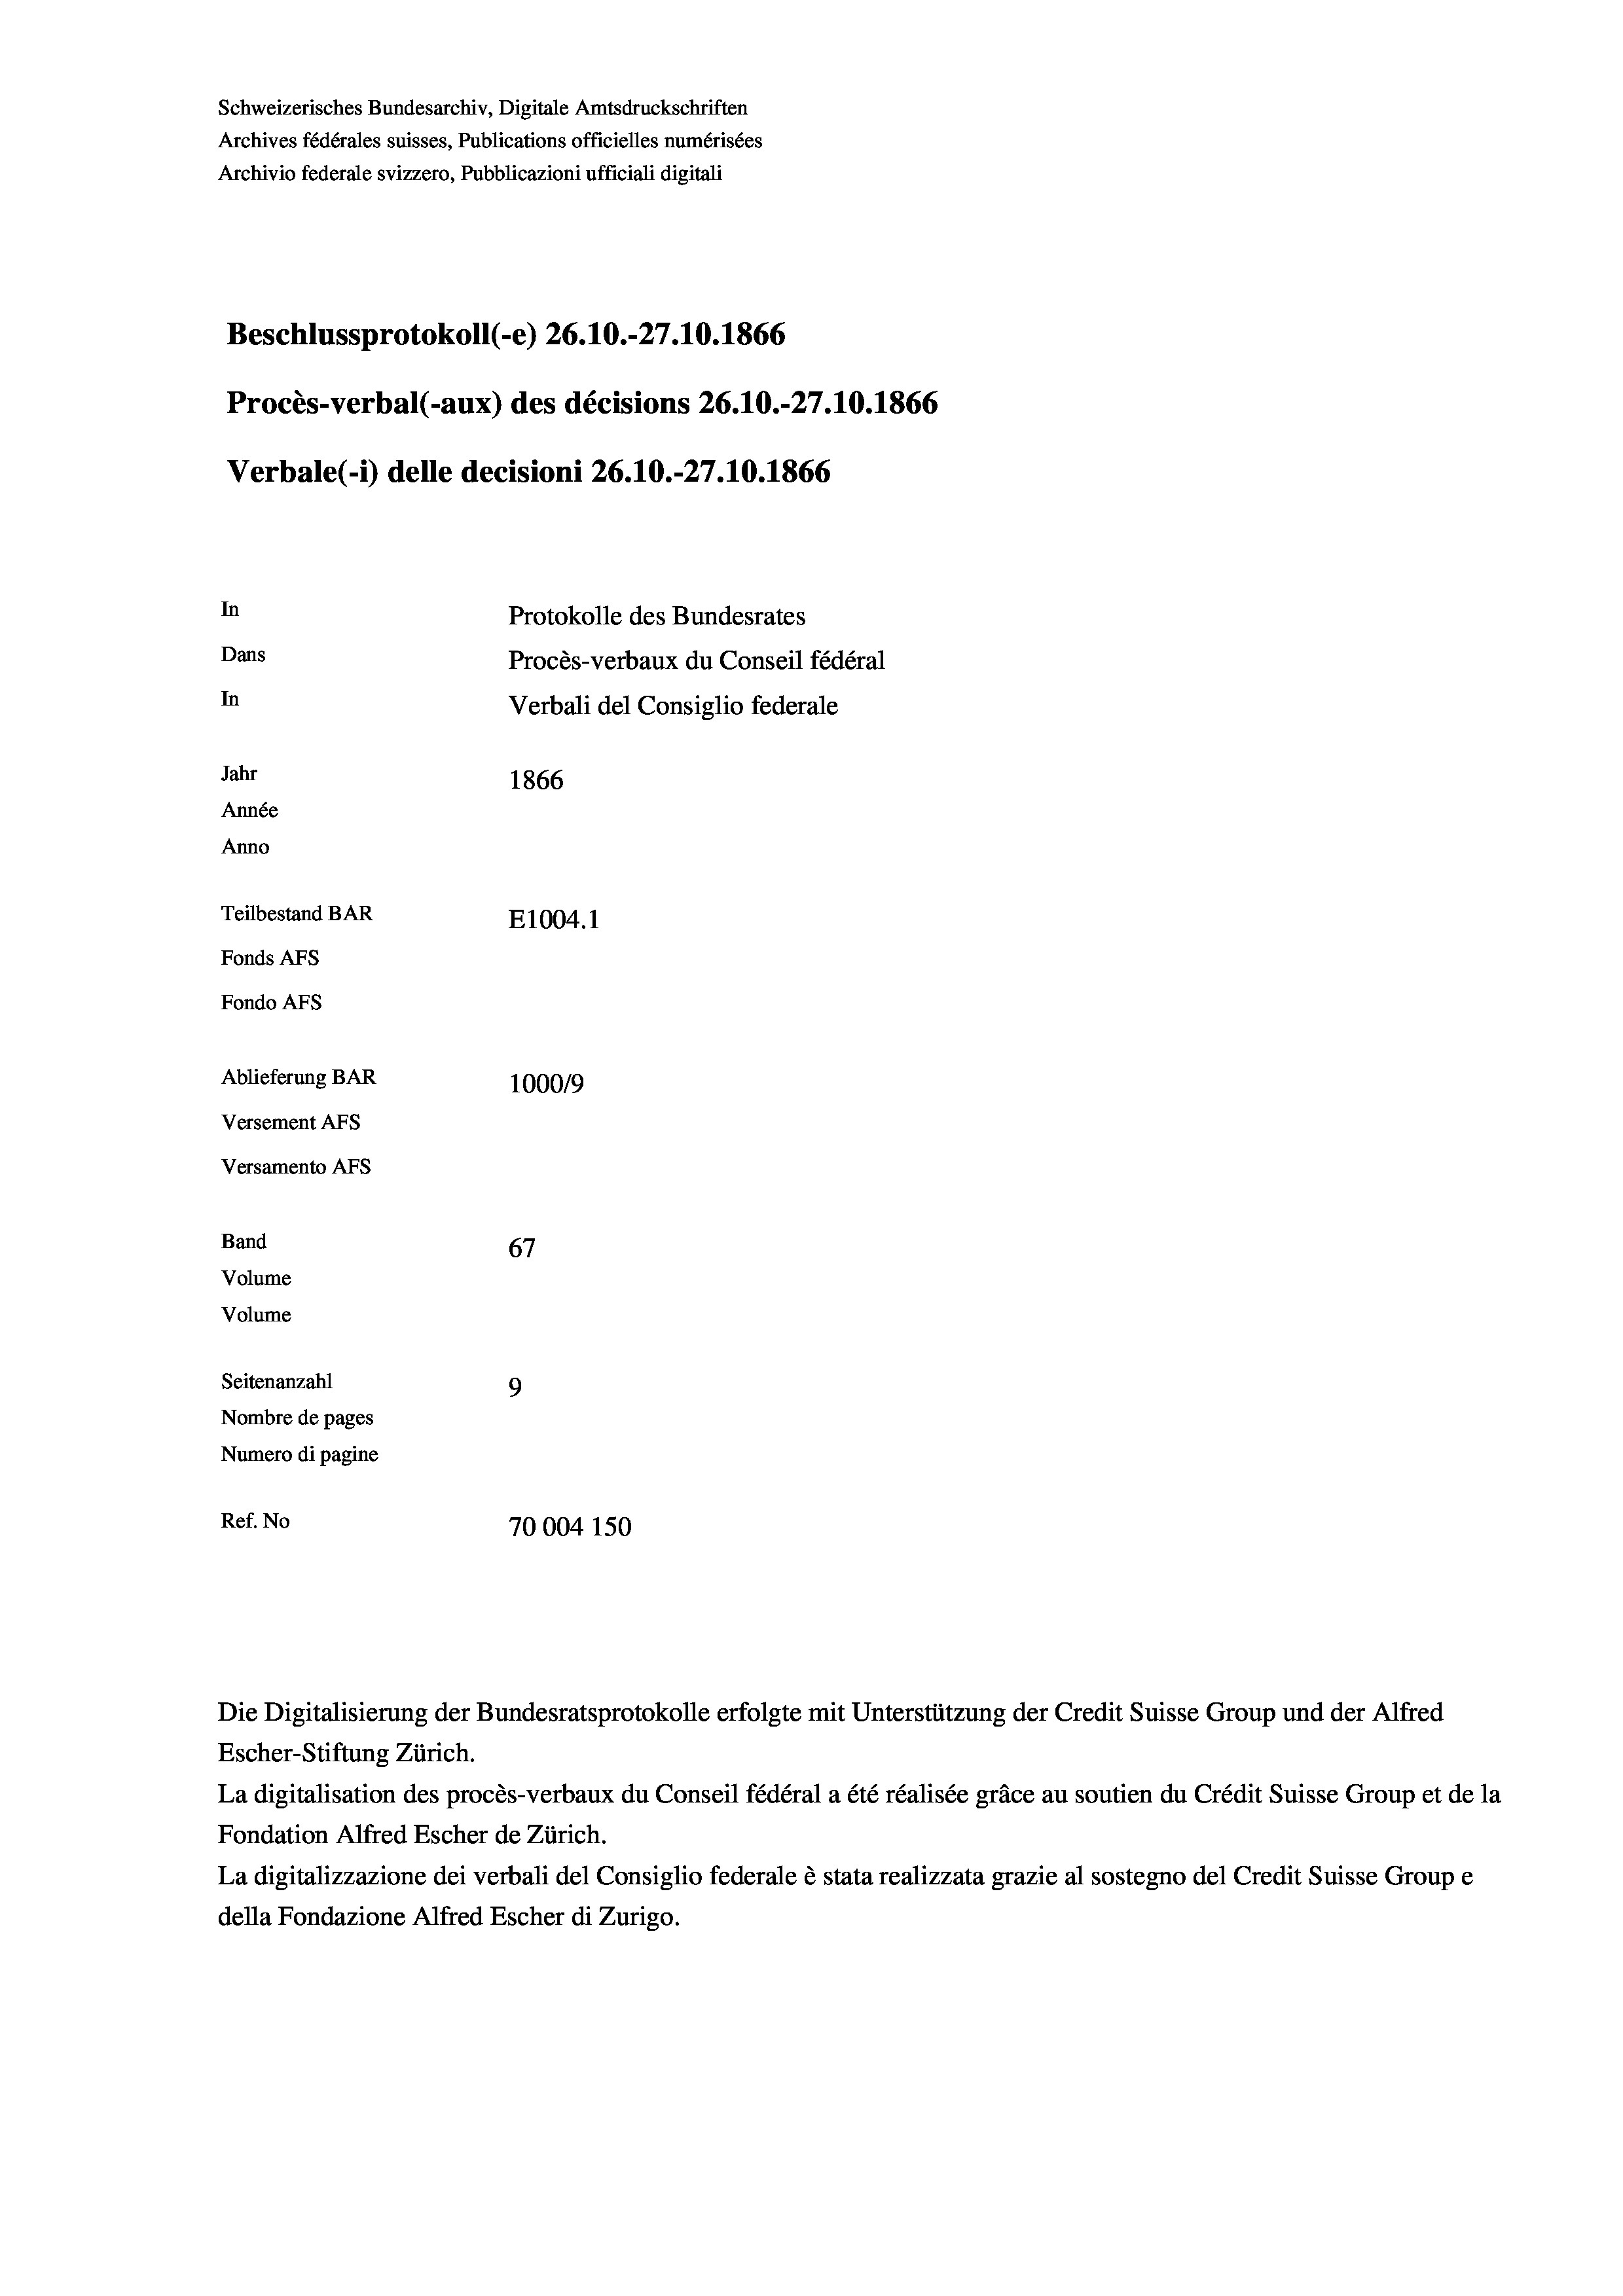
Schweizerisches Bundesarchiv, Digitale Amtsdruckschriften
Archives fédérales suisses, Publications officielles numérisées
Archivio federale svizzero, Pubblicazioni ufficiali digitali
Beschlussprotokoll (-e) 26.10.-27.10.1866
Procès-verbal (-aux) des décisions 26.10.-27.10.1866
Verbale (i) delle decisioni 26.10.-27.10.1866
In
Protokolle des Bundesrates
Dans
Procès-verbaux du Conseil fédéral
In
Verbali del Consiglio federale
Jahr
1866
Année
Anno
Teilbestand BAR
E1004.1
Fonds AFs
Fondo AFS
Ablieferung BAR
100019
Versement As
Versamento AFs

67
Seitenanzahl
9
Nombre de pages
Numero di pagine
Ref. No
70004 150

Band
Volume
Volume

Escher-Stiftung Zürich.

Die Digitalisierung der Bundesratsprotokolle erfolgte mit Unterstützung der Credit Suisse Group und der Alfred

La digitalisation des procès-verbaux du Conseil fédéral a été réalisée gräce au soutien du Crédit Suisse Group et de la
Fondation Alfred Escher de Zürich.
La digitalizzazione dei verbali del Consiglio federale è stata realizzata grazie al sostegno del Credit Suisse Groupe
della Fondazione Alfred Escher di Zurigo.